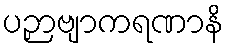
ပဉှာဗျာကရဏာနိ